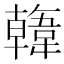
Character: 𩏑